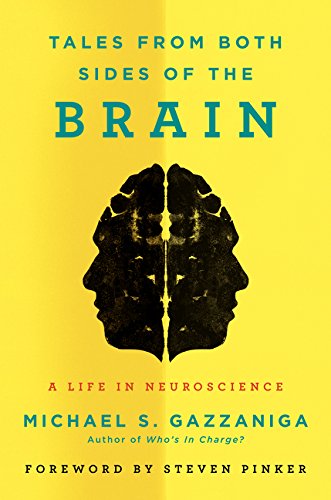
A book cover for Tales from Both Sides of the Brain: A Life in Neuroscience; Michael S. Gazzaniga; Biographies & Memoirs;